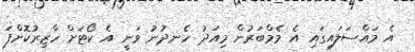
އެ މައްސަލައިގައި އެ މެމްބަރުން މިއަދު ހެނދުނު ވަނީ އެ ކޯޓަށް ހާޒިރުކޮށްފަ